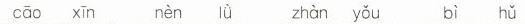
can xin nen lu zhan you bi hu